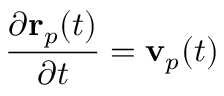
\frac { \partial \mathbf { r } _ { p } ( t ) } { \partial t } = \mathbf { v } _ { p } ( t )